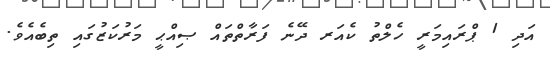
އަދި 1 ޕްރައިމަރީ ހެލްތު ކެއަރ ދޭނެ ފަރާތްތައް ޞިއްޙީ މަރުކަޒުގައި ތިބެއެވެ.